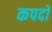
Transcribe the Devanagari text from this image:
कपदो